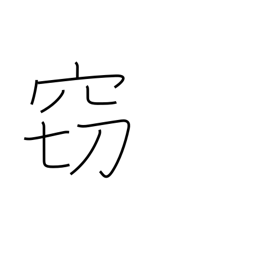
Meaning: hushed